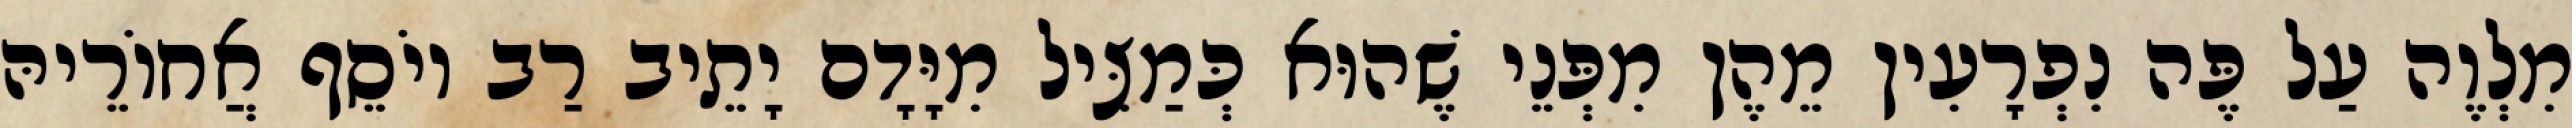
מִלְוֶה עַל פֶּה נִפְרָעִין מֵהֶן מִפְּנֵי שֶׁהוּא כְּמַצִּיל מִיָּדָם יָתֵיב רַב יוֹסֵף אֲחוֹרֵיהּ